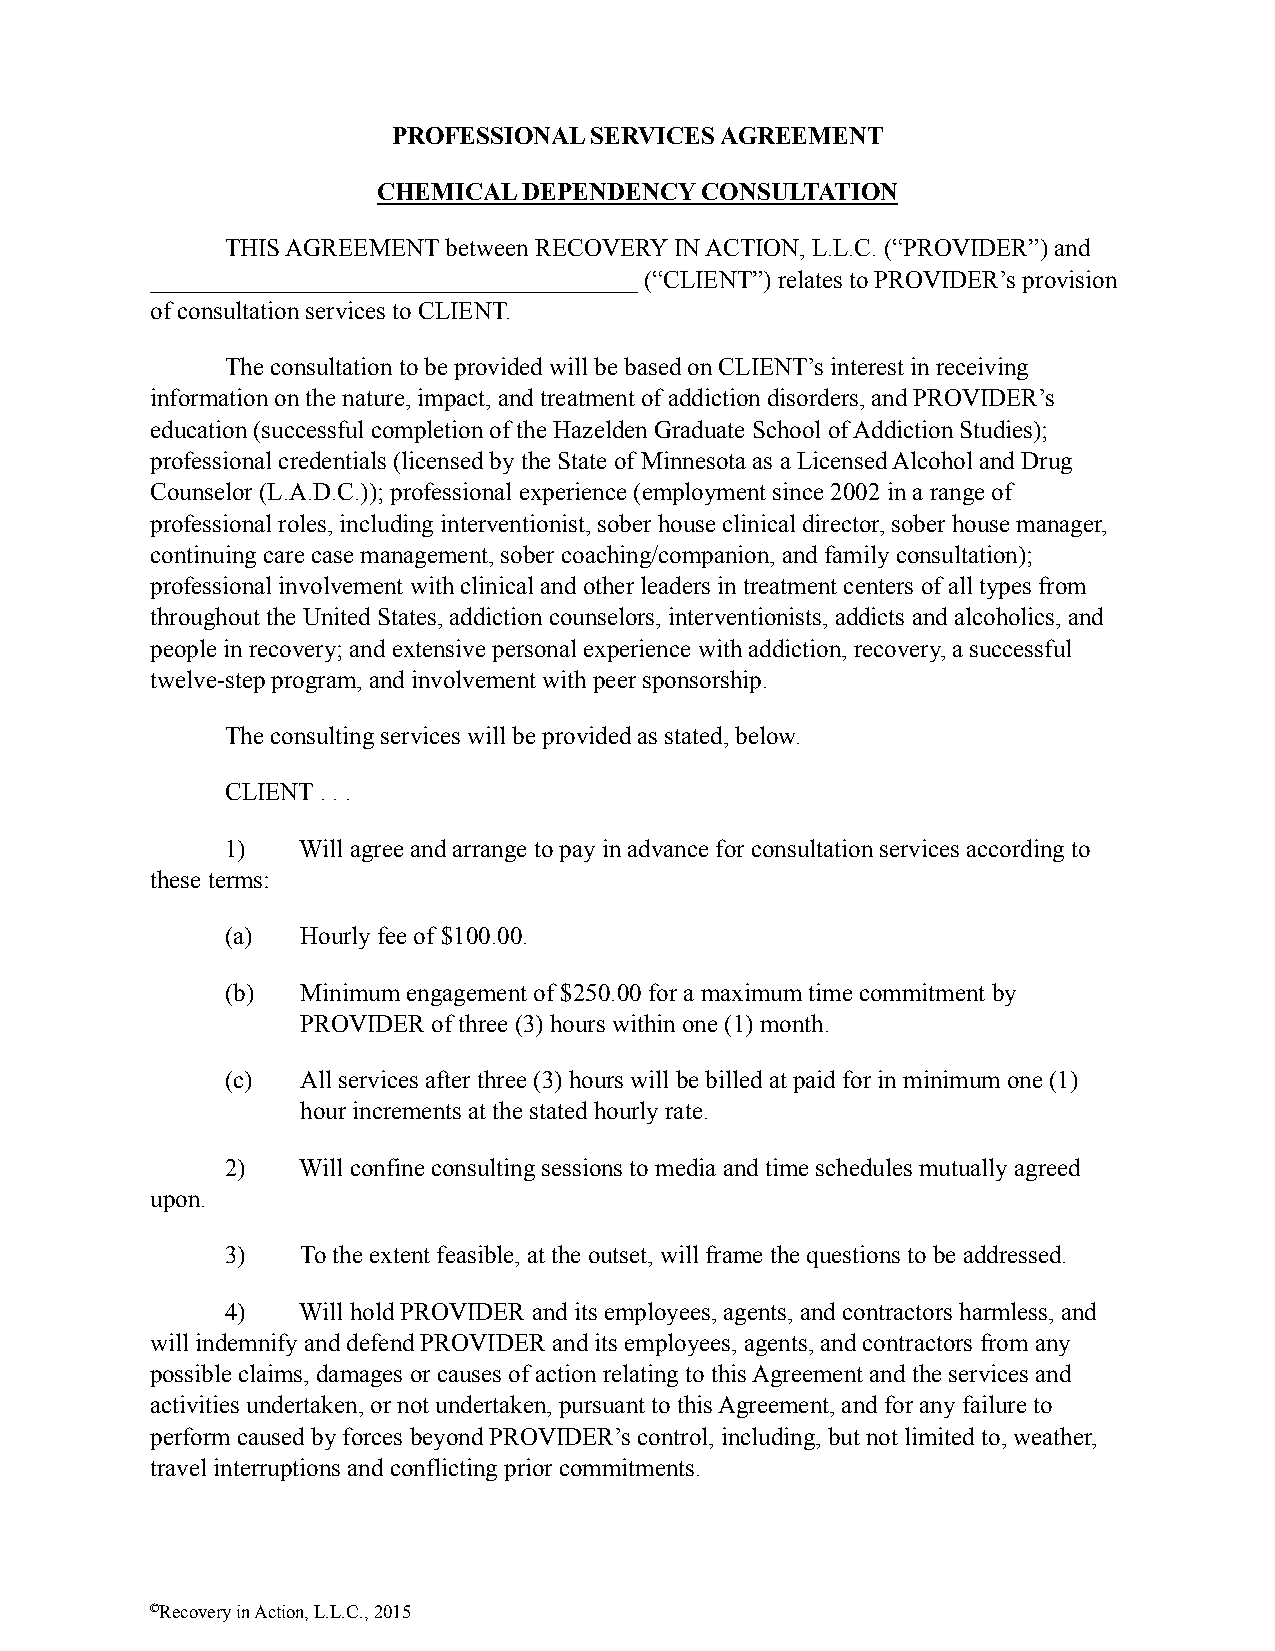
PROFESSIONAL SERVICES AGREEMENT
 CHEMICAL  DEPENDENCY CONSULTATION
 THIS AGREEMENT between RECOVERY IN ACTION, L.L.C. (“PROVIDER”) and
 _______________________________________ (“CLIENT”) relates to PROVIDER’s provision
 of consultation services to CLIENT.
 The consultation to be provided will be based on CLIENT’s interest in receiving
 information on the nature, impact, and treatment of addiction disorders, and PROVIDER’s
 education (successful completion of the Hazelden Graduate School of Addiction Studies);
 professional credentials (licensed by the State of Minnesota as a Licensed Alcohol and Drug
 Counselor (L.A.D.C.)); professional experience (employment since 2002 in a range of
 professional roles, including interventionist, sober house clinical director, sober house manager,
 continuing care case management, sober coaching/companion, and family consultation);
 professional involvement with clinical and other leaders in treatment centers of all types from
 throughout the United States, addiction counselors, interventionists, addicts and alcoholics, and
 people in recovery; and extensive personal experience with addiction, recovery, a successful
 twelve-step program, and involvement with peer sponsorship.
 The consulting services will be provided as stated, below.
 CLIENT . . .
 1)   Will agree and arrange to pay in advance for consultation services according to
 these terms:
 (a)  Hourly fee of $100.00.
 (b)  Minimum engagement of $250.00 for a maximum time commitment by
 PROVIDER of three (3) hours within one (1) month.
 (c)  All services after three (3) hours will be billed at paid for in minimum one (1)
 hour increments at the stated hourly rate.
 2)   Will confine consulting sessions to media and time schedules mutually agreed
 upon.
 3)   To the extent feasible, at the outset, will frame the questions to be addressed.
 4)   Will hold PROVIDER and its employees, agents, and contractors harmless, and
 will indemnify and defend PROVIDER and its employees, agents, and contractors from any
 possible claims, damages or causes of action relating to this Agreement and the services and
 activities undertaken, or not undertaken, pursuant to this Agreement, and for any failure to
 perform caused by forces beyond PROVIDER’s control, including, but not limited to, weather,
 travel interruptions and conflicting prior commitments.
 ©Recovery in Action, L.L.C., 2015